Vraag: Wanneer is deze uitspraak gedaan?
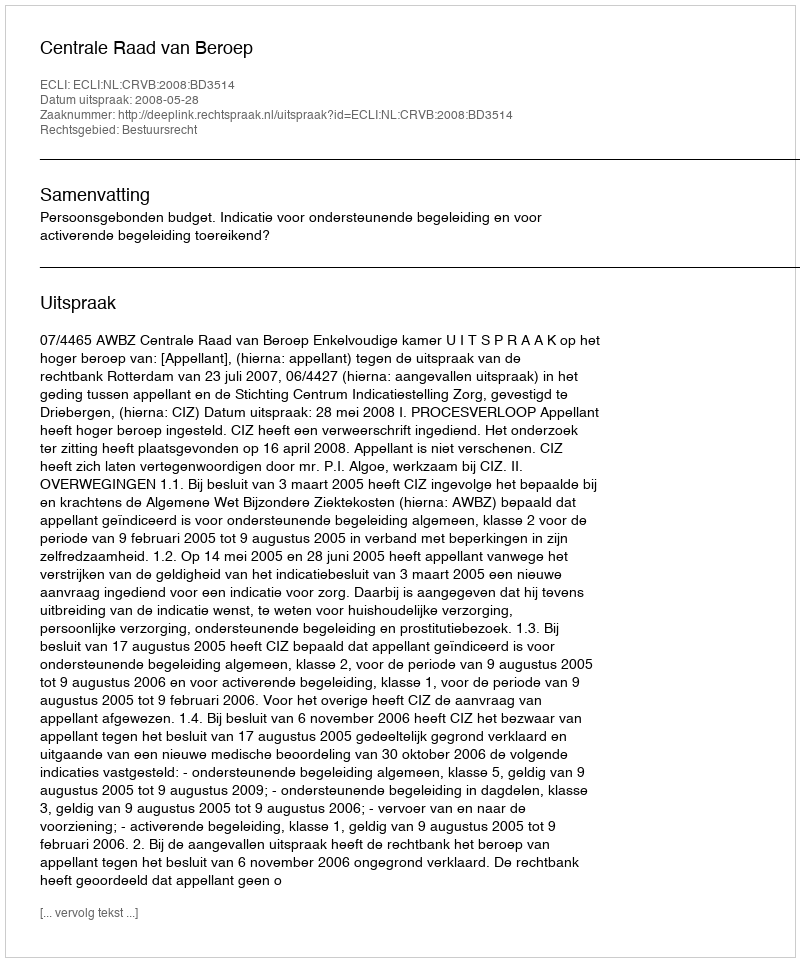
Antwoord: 2008-05-28